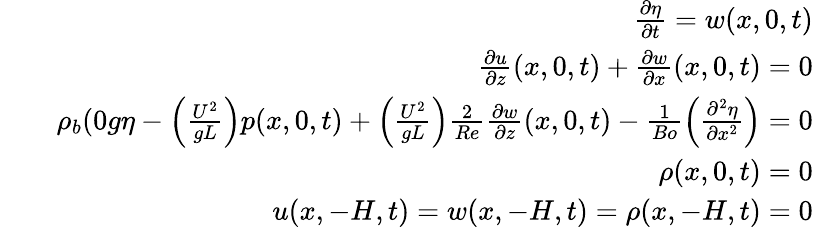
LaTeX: \begin{array}{rlr}&{}&{\frac{\partial\eta}{\partial t}=w(x,0,t)}\\ &{}&{\frac{\partial u}{\partial z}(x,0,t)+\frac{\partial w}{\partial x}(x,0,t)=0}\\ &{}&{\rho_{b}(0g\eta-\left(\frac{U^{2}}{gL}\right)p(x,0,t)+\left(\frac{U^{2}}{gL}\right)\frac{2}{Re}\frac{\partial w}{\partial z}(x,0,t)-\frac{1}{Bo}\left(\frac{\partial^{2}\eta}{\partial x^{2}}\right)=0}\\ &{}&{\rho(x,0,t)=0}\\ &{}&{u(x,-H,t)=w(x,-H,t)=\rho(x,-H,t)=0}\end{array}